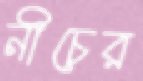
নীচের